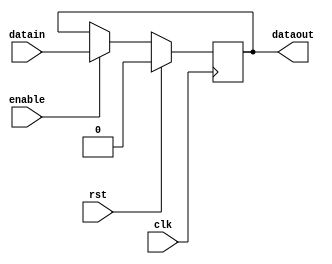
`timescale 1ns / 1ps

//////////////////////////////////////////////////////////////////////////////////
module FFD(clk,rst,datain,enable,dataout);

input clk, rst, datain, enable;

output reg dataout;



   always @(negedge clk )
      if (rst) begin
         dataout <= 1'b0;
      end else if (enable) begin
         dataout <= datain;
      end

endmodule